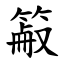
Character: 䈛